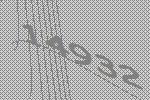
14932